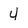
Character: 4